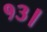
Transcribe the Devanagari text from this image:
१३।